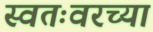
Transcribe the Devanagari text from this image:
स्वतःवरच्या